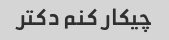
چیکار کنم دکتر